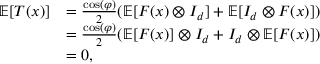
\begin{array} { r l } { \mathbb { E } [ T ( x ) ] } & { = \frac { \cos ( \varphi ) } { 2 } ( \mathbb { E } [ F ( x ) \otimes I _ { d } ] + \mathbb { E } [ I _ { d } \otimes F ( x ) ] ) } \\ & { = \frac { \cos ( \varphi ) } { 2 } ( \mathbb { E } [ F ( x ) ] \otimes I _ { d } + I _ { d } \otimes \mathbb { E } [ F ( x ) ] ) } \\ & { = 0 , } \end{array}